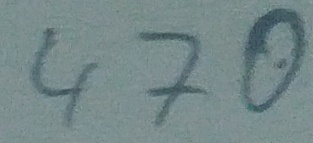
Text: 470